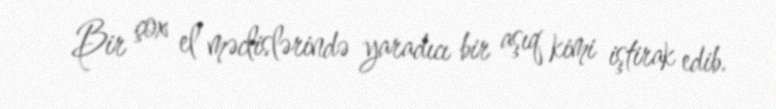
Bir çox el məclislərində yaradıcı bir aşıq kimi iştirak edib.